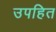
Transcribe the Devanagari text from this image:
उपहित